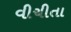
વીચીતા